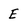
Character: E